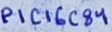
Text: PIC16C84